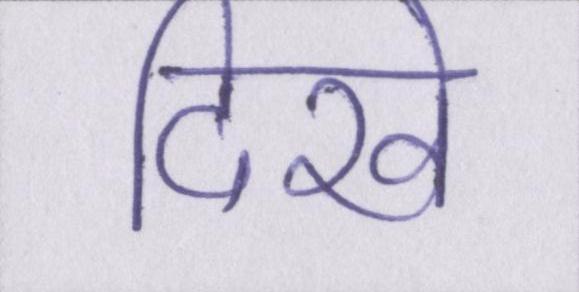
दिखे